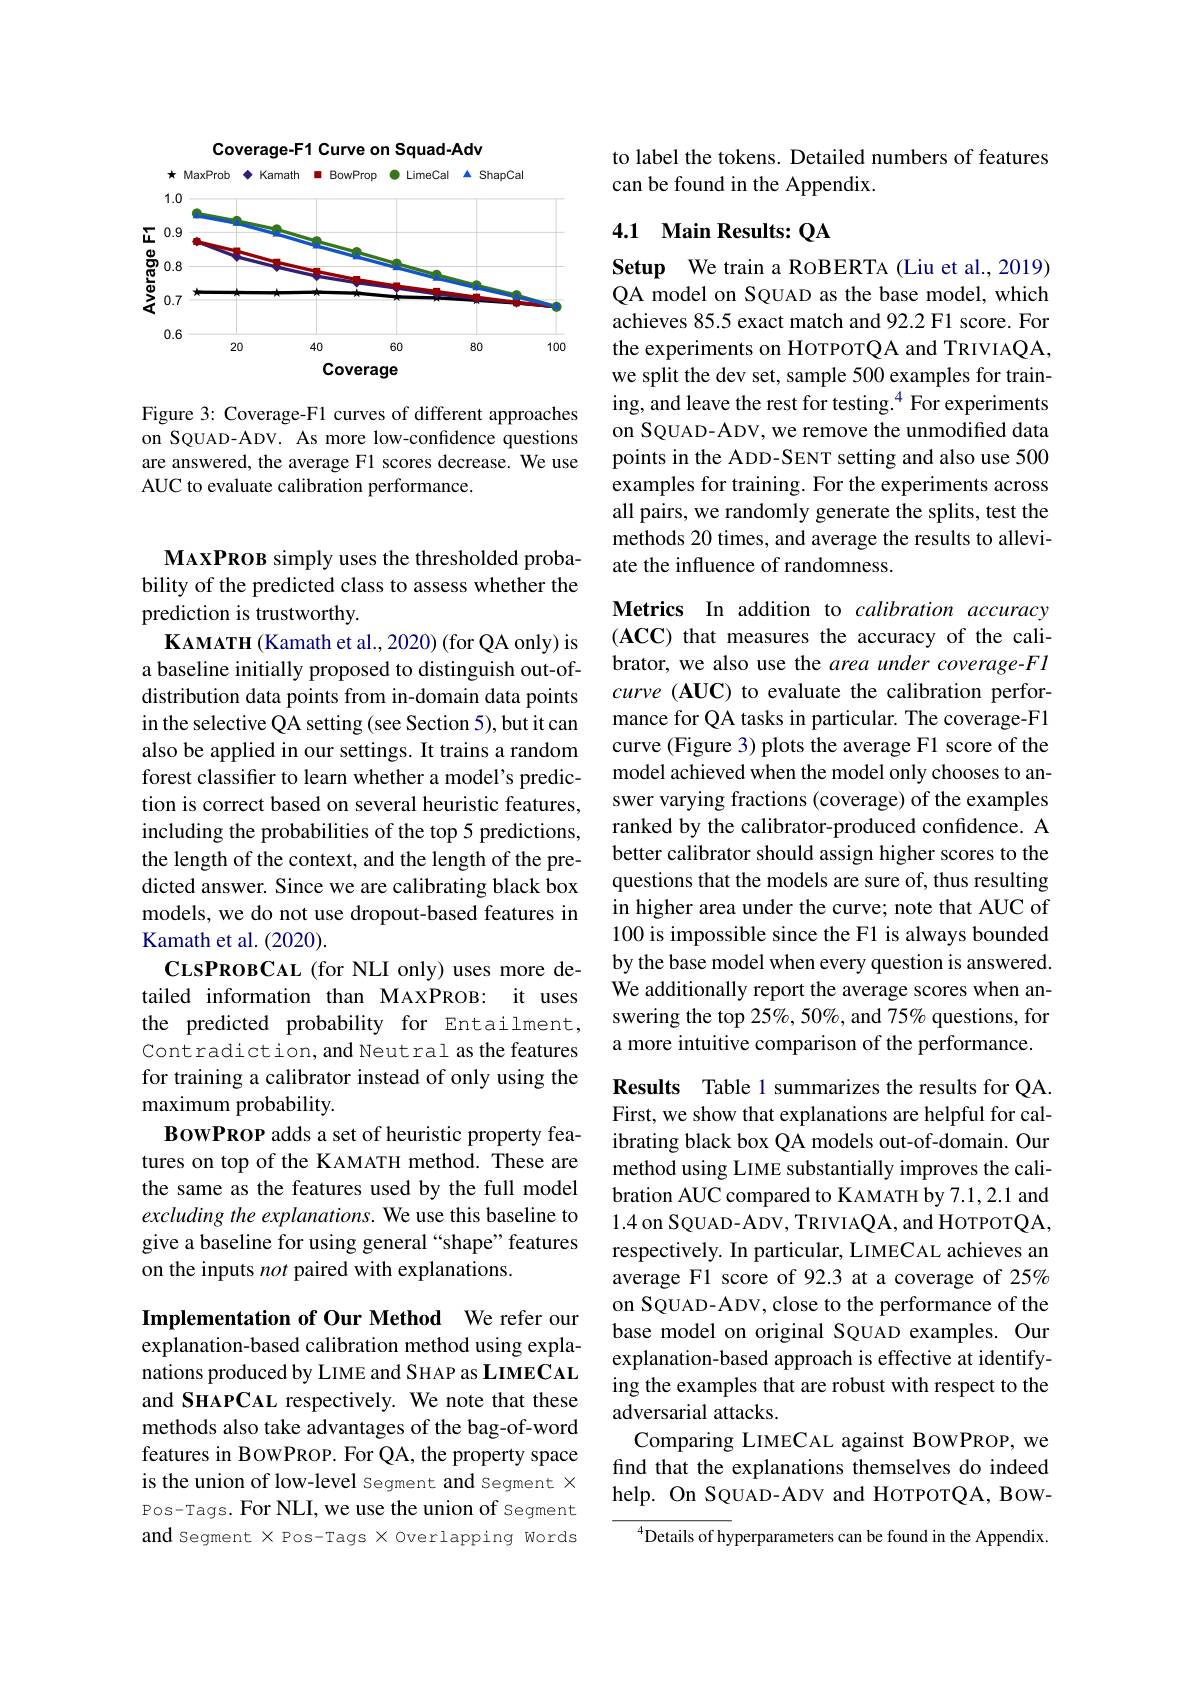
Coverage-F1 Curve on Squad-Adv
<FigureHere>

Figure 3: Coverage-F1 curves of different approaches on SQUAD-ADV. As more low-confidence questions are answered, the average F1 scores decrease. We use AUC to evaluate calibration performance.

MAXPROB simply uses the thresholded probability of the predicted class to assess whether the prediction is trustworthy.
$\textbf{KAMATH ( Kamath et al. , 2020) ( for QA only) is}$ a baseline initially proposed to distinguish out-ofdistribution data points from in-domain data points in the selective QA setting (see Section 5), but it can also be applied in our settings. It trains a random forest classifier to learn whether a model's prediction is correct based on several heuristic features, including the probabilities of the top 5 predictions, the length of the context, and the length of the predicted answer. Since we are calibrating black box models, we do not use dropout-based features in Kamath et al. (2020).
CLSPROBCAL (for NLI only) uses more detailed information than MAXPROB: it uses the predicted probability for Entailment, Contradiction, and Neutral as the features for training a calibrator instead of only using the maximum probability.
BowPROP adds a set of heuristic property features on top of the KAMATH method. These are the same as the features used by the full model excluding the explanations. We use this baseline to give a baseline for using general “shape”features on the inputs not paired with explanations

Implementation of Our Method We refer our explanation-based calibration method using explanations produced by LIME and SHAP as LIMEC AL and SHAPCAL respectively. We note that these methods also take advantages of the bag-of-word features in BowPROP. For QA, the property space is the union of low-level Segment and Segment X Pos-Tags. For NLI, we use the union of Segment and Segment X Pos-Tags X Overlapping Words

to label the tokens. Detailed numbers of features
can be found in the Appendix.

## 4.1 Main Results: QA

Setup We train a ROBERTA (Liu et al., 2019) QA model on SQUAD as the base model, which achieves 85.5 exact match and 92.2 F1 score. For the experiments on HoTPOTQA and TRIVIAQA, we split the dev set, sample 500 examples for training, and leave the rest for testing.$^{4}$ For experiments on SQUAD-ADV, we remove the unmodified data points in the ADD-SENT setting and also use 500 examples for training. For the experiments across all pairs, we randomly generate the splits, test the methods 20 times, and average the results to alleviate the influence of randomness.

Metrics In addition to calibration accuracy (ACC) that measures the accuracy of the calibrator, we also use the area under coverage-Fl curve (AUC) to evaluate the calibration performance for QA tasks in particular. The coverage-F1 curve (Figure 3) plots the average F1 score of the model achieved when the model only chooses to answer varying fractions (coverage) of the examples ranked by the calibrator-produced confidence. A better calibrator should assign higher scores to the questions that the models are sure of, thus resulting in higher area under the curve; note that AUC of 100 is impossible since the Fl is always bounded by the base model when every question is answered. We additionally report the average scores when answering the top 25%, 50%, and 75% questions, for a more intuitive comparison of the performance.

Results Table 1 summarizes the results for QA. First, we show that explanations are helpful for calibrating black box QA models out-of-domain. Our method using LIME substantially improves the calibration AUC compared to KAMATH by 7.1,2.1 and 1.4 on SQUAD- ADV, TRIVIAQA, and HOTPOTQA, respectively. In particular, LIMECAL achieves an average F1 score of 92.3 at a coverage of 25% on SQUAD-ADV, close to the performance of the base model on original SQUAD examples. Our explanation-based approach is effective at identifying the examples that are robust with respect to the adversarial attacks.
Comparing LIMECAL against BowPROP, we find that the explanations themselves do indeed help. On SQUAD-ADV and HoTPOTQA, BOW-

$^{4}$Details of hyperparameters can be found in the Appendix